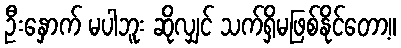
ဦးနှောက် မပါဘူး ဆိုလျှင် သက်ရှိမဖြစ်နိုင်တော့။